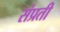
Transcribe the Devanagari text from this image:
संप्रती